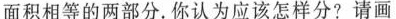
面积相等的两部分。你认为应该怎样分?请画